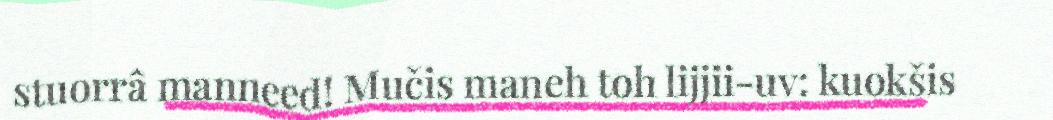
stuorrâ manneed! Mučis maneh toh lijjii-uv: kuokšis